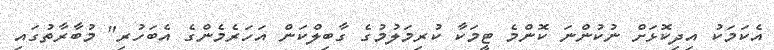
އެކަމަކު އިދިކޮޅަށް ނުކުންނަ ކޮންމެ ޓީމަކާ ކުރިމަލުމުގެ ގާބިލްކަން އަހަރެމެންގެ އެބަހުރި" މުބާރާތުގައި